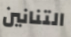
التنانين